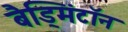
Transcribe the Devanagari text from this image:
बैड्मिंटॉन